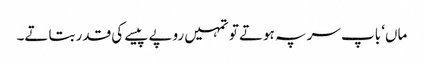
ماں‘ باپ سر پہ ہوتے تو تمہیں روپے پیسے کی قدر بتاتے۔